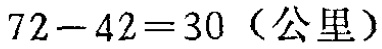
\(72 - 42 = 30 \text{（公里）}\)